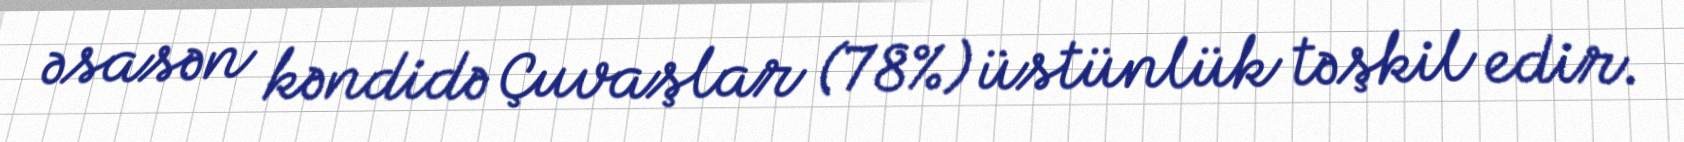
əsasən kəndidə Çuvaşlar (78%) üstünlük təşkil edir.